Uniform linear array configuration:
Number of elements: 16
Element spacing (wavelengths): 0.25
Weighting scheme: cosine
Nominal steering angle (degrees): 0
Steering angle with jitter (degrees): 0.9125
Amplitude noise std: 0.05
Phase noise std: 0.05

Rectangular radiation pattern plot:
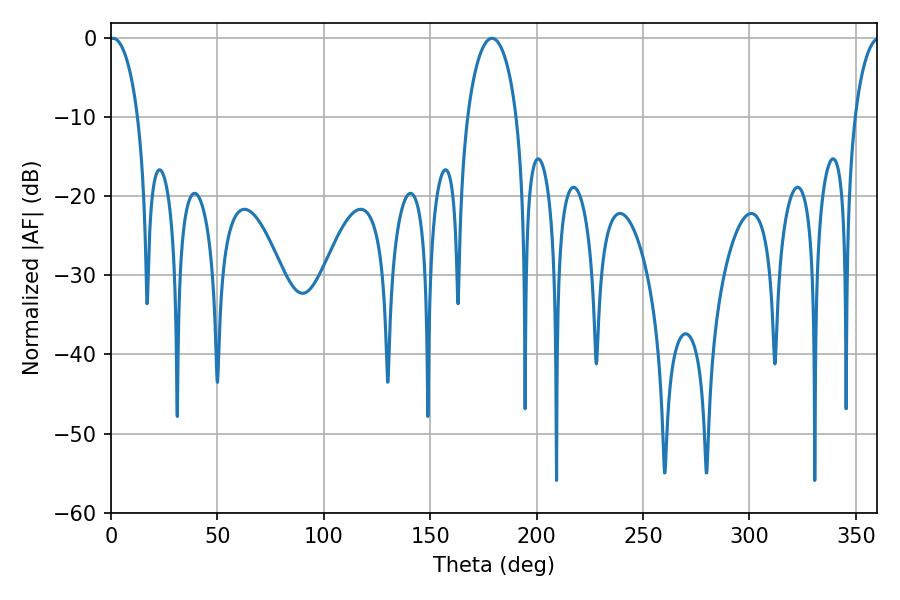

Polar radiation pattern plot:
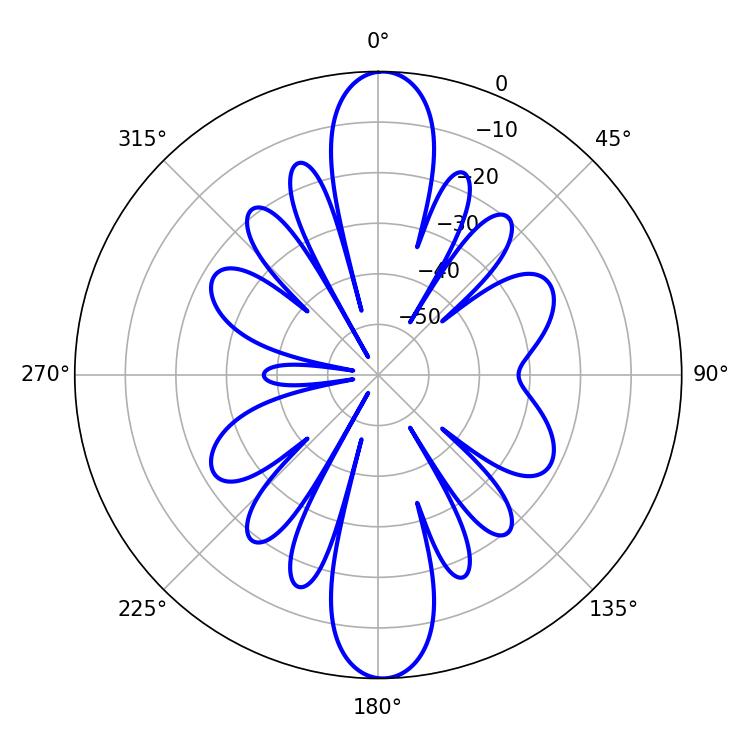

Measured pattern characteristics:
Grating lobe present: FALSE
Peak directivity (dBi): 23.471
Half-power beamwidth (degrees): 7.56
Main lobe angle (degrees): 0.9